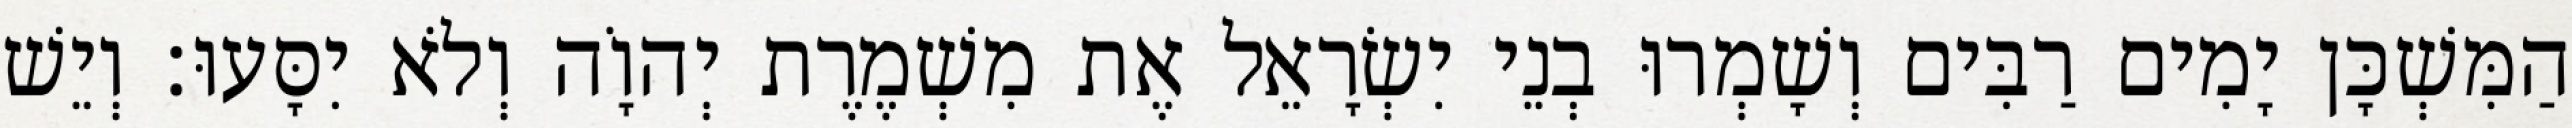
הַמִּשְׁכָּן יָמִים רַבִּים וְשָׁמְרוּ בְנֵי יִשְׂרָאֵל אֶת מִשְׁמֶרֶת יְהוָֹה וְלֹא יִסָּעוּ׃ וְיֵשׁ